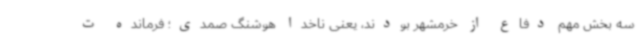
سه بخش مهم دفاع از خرمشهر بودند، یعنی ناخدا هوشنگ صمدی؛ فرمانده ت